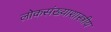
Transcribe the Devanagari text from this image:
लोकसंख्याशास्त्रीय